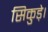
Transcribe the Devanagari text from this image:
सिकुड़े।